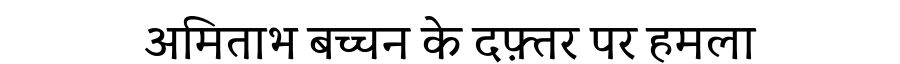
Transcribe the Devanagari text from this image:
अमिताभ बच्चन के दफ़्तर पर हमला